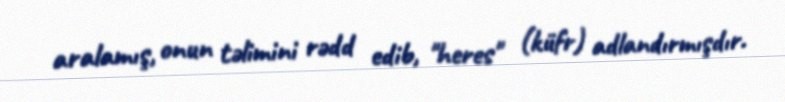
aralamış, onun təlimini rədd edib, "heres" (küfr) adlandırmışdır.